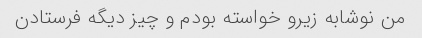
من نوشابه زیرو خواسته بودم و چیز دیگه فرستادن